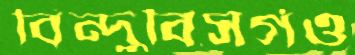
বিন্দুবিসর্গও